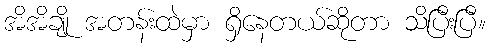
အိအိချို အတန်းထဲမှာ ရှိနေတယ်ဆိုတာ သိပြီးပြီ။